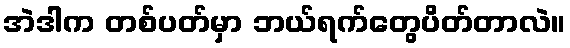
အဲဒါက တစ်ပတ်မှာ ဘယ်ရက်တွေပိတ်တာလဲ။